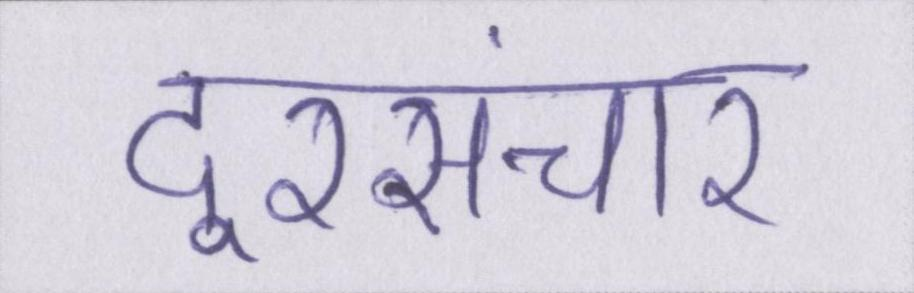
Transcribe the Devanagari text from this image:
दूरसंचार